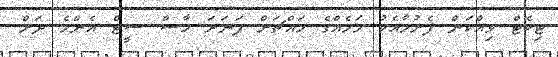
ޓިކެޓް ވިއްކަން ފެށުމާއެކު މަހެއްގެ މައްޗަށް ފަނަރަ ހާސް ސީޓް އެންމެ ދަށް